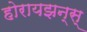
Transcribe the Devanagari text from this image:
होरायझन्स्